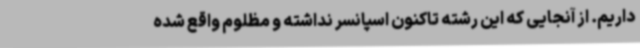
داریم. از آنجایی که این رشته تاکنون اسپانسر نداشته و مظلوم واقع شده